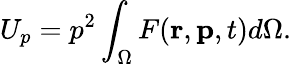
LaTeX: U_{p}=p^{2}\int_{\Omega}F(\mathbf{r},\mathbf{p},t)d\Omega.